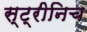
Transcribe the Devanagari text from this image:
स्ट्रीनिच